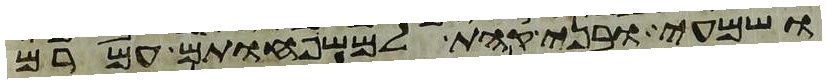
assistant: ושמעי ובני קהת למשפחותם עמרם